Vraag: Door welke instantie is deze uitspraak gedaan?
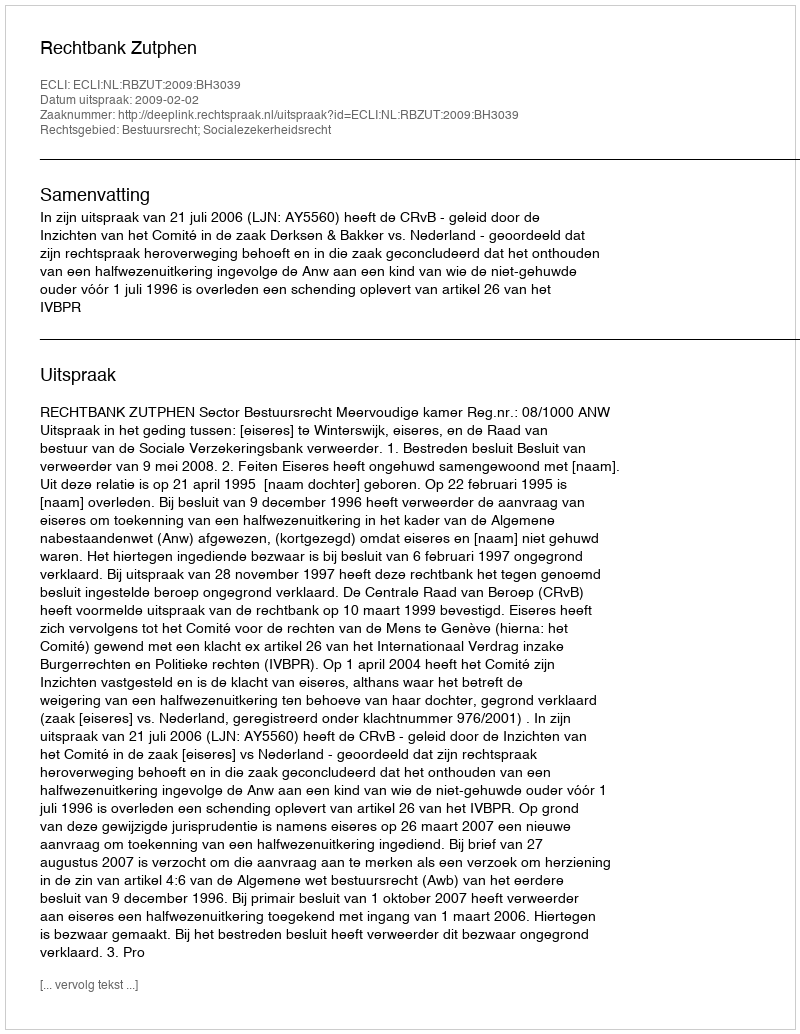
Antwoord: Rechtbank Zutphen